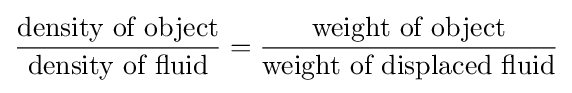
{\frac {\text{density of object}}{\text{density of fluid}}}={\frac {\text{weight of object}}{\text{weight of displaced fluid}}}